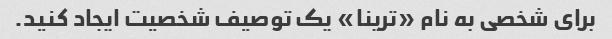
برای شخصی به نام «ترینا» یک توصیف شخصیت ایجاد کنید.